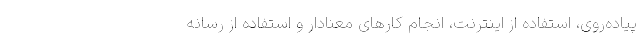
پیاده‌روی، استفاده از اینترنت، انجام کارهای معنادار و استفاده از رسانه